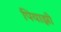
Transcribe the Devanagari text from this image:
पियाझी